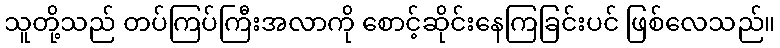
သူတို့သည် တပ်ကြပ်ကြီးအလာကို စောင့်ဆိုင်းနေကြခြင်းပင် ဖြစ်လေသည်။